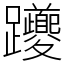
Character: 躨